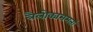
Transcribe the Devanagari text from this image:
त्रैलोक्यसमतां